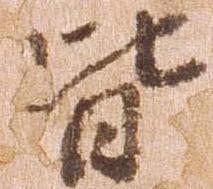
皆